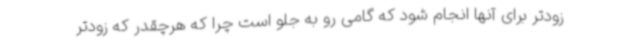
زودتر برای آنها انجام شود که گامی رو به جلو است چرا که هرچقدر که زودتر